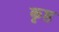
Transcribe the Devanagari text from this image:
कृष्ठ